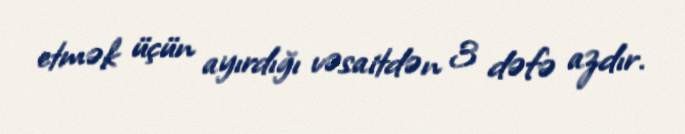
etmək üçün ayırdığı vəsaitdən 3 dəfə azdır.